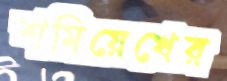
শমিয়েখের